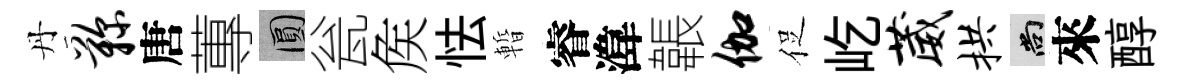
丹鞠唐蓴圓瓮矦怯暫睿湋韔伽促屹葳拱尚來醇